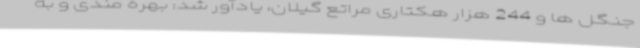
جنگل ها و 244 هزار هکتاری مراتع گیلان، یادآور شد: بهره مندی و به